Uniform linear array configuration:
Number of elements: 48
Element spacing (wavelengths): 0.25
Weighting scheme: hann
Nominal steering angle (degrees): -15
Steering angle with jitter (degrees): -16.924
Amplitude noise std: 0.05
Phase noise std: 0.05

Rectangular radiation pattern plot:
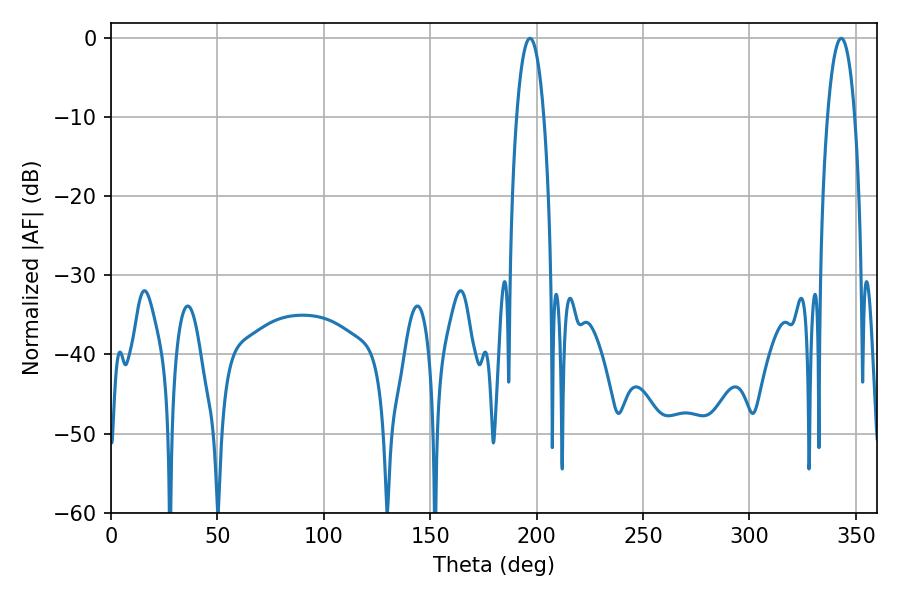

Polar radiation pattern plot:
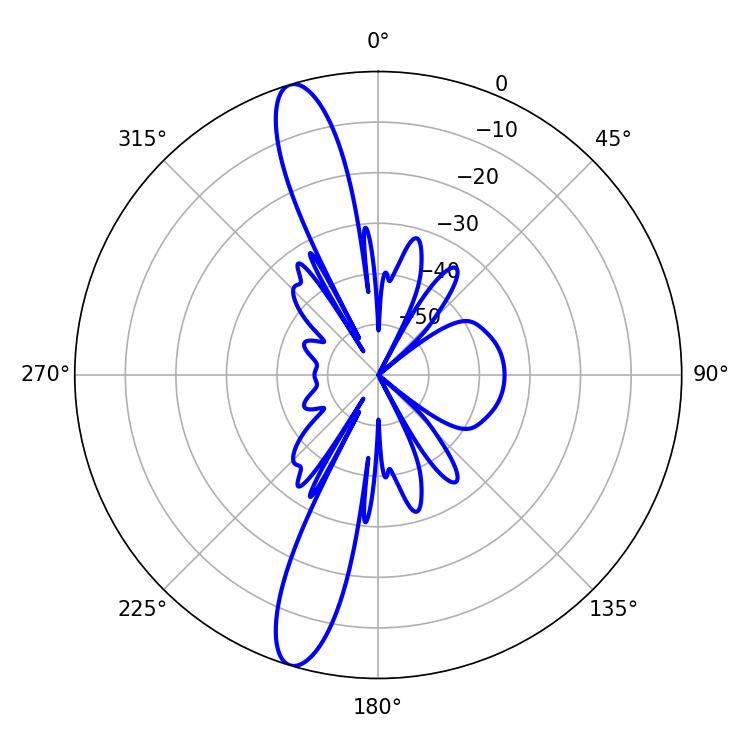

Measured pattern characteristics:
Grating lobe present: FALSE
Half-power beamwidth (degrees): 7.2
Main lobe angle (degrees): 343.08